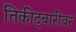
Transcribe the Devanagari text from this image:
तिकीट्बारीवर